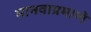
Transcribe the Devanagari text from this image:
मानवाप्रमाणे